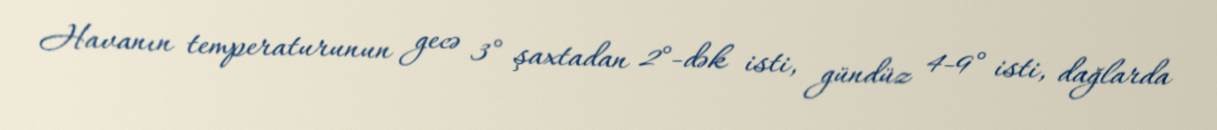
Havanın temperaturunun gecə 3° şaxtadan 2°-dək isti, gündüz 4-9° isti, dağlarda